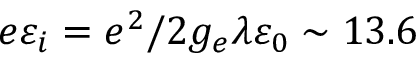
e \varepsilon _ { i } = e ^ { 2 } / 2 g _ { e } \lambda \varepsilon _ { 0 } \sim 1 3 . 6